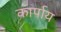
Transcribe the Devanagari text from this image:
कार्पाय